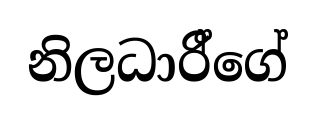
නිලධාරී්ගේ